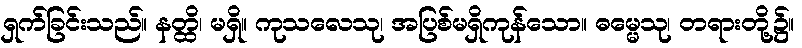
ရှက်ခြင်းသည်။ နတ္ထိ၊ မရှိ။ ကုသလေသု၊ အပြစ်မရှိကုန်သော။ ဓမ္မေသု၊ တရားတို့၌။